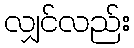
လျှင်လည်း